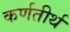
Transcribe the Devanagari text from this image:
कर्णतीर्थ